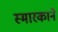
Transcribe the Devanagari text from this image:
स्मारकाने